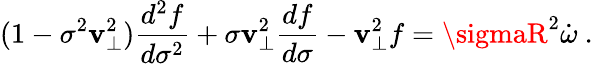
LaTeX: (1-\sigma^{2}\mathbf{v}_{\perp}^{2}){\frac{{d^{2}f}}{{d\sigma^{2}}}}+\sigma\mathbf{v}_{\perp}^{2}{\frac{{df}}{{d\sigma}}}-\mathbf{v}_{\perp}^{2}f=\sigmaR^{2}\dot{{\omega}}\ .